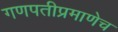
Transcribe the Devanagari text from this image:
गणपतीप्रमाणेच